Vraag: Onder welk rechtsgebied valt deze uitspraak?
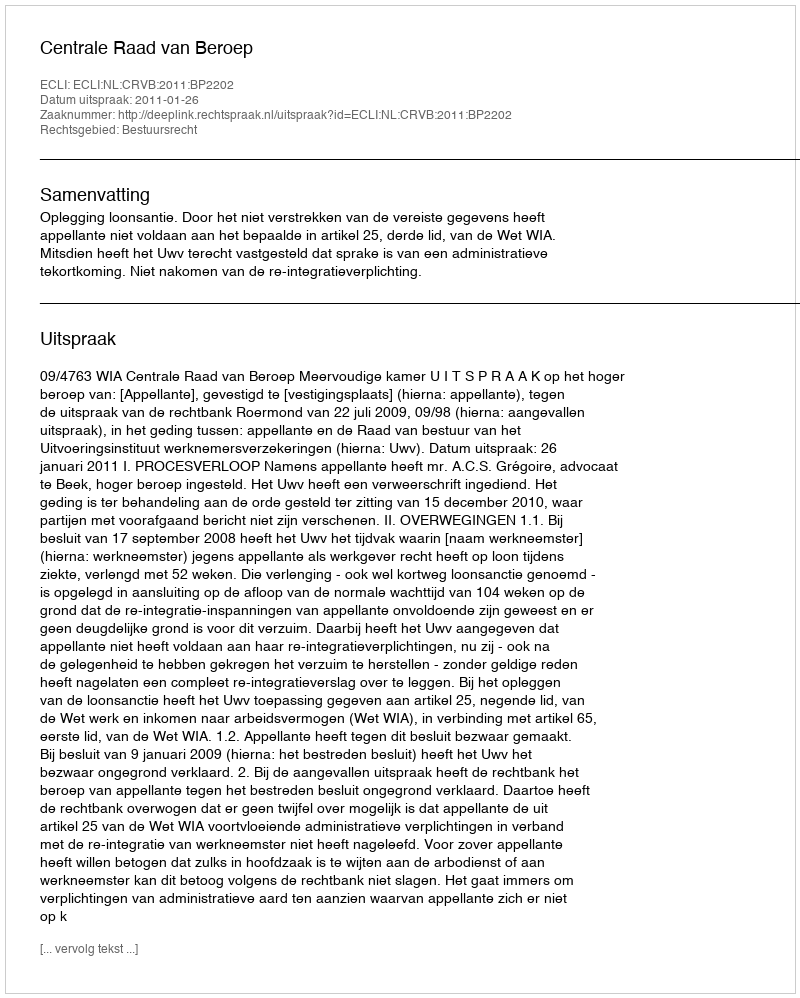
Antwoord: Bestuursrecht